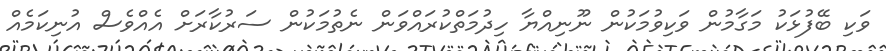
ވަކި ބޭފުޅަކު މަގާމުން ވަކިވުމަކުން ނޫނިއްޔާ ހިދުމަތްކުރައްވަން ނެތުމަކުން ސަރުކާރަށް އެއްވެސް އުނިކަމެއް